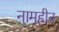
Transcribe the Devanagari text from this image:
नामहीन